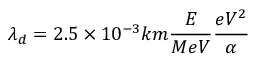
\lambda _ { d } = 2 . 5 \times 1 0 ^ { - 3 } k m \frac { E } { M e V } \frac { e V ^ { 2 } } { \alpha }